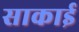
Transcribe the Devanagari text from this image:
साकाई